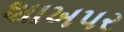
શાખપર